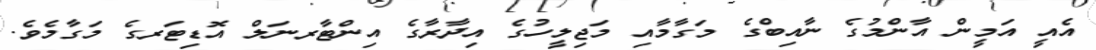
އެއީ އަމީން އާންމުގެ ނާއިބްގެ މަގާމާއި މަޖިލީހުގެ އިދާރާގެ އިންޓާރނަލް އޮޑިޓަރގެ މަގާމެވެ.